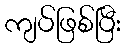
ကျပ်ဖြစ်ပြီး